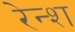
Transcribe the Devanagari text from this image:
रेन्श